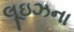
લૂઇઝના